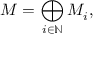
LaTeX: M = \bigoplus _ { i \in \mathbb { N } } M _ { i } ,